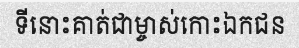
ទីនោះគាត់ជាម្ចាស់កោះឯកជន